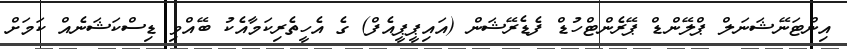
އިންޓަނޭޝަނަލް ޕްލޭންޑް ޕޭރެންޓްހުޑް ފެޑެރޭޝަން (އައިޕީޕީއެފް) ގެ އެހީތެރިކަމާއެކު ބޭއްވި ޑިސްކަޝަނެއް ކަމަށް